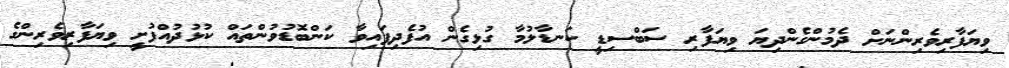
ވިޔަފާރިވެރިންނަށް ދެމުންގެންދިޔަ ވިޔަފާރި ސަބްސިޑީ ކަނޑާލުމާ ގުޅިގެން އުފެދިފައިވާ ކަންބޮޑުވުންތައް ކުޅުދުއްފުށީ ވިޔަފާރިވެރިންގެ